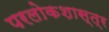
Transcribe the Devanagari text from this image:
परलोकशास्त्र